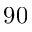
9 0